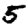
Digit: 5